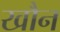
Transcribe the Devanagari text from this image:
खौन